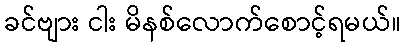
ခင်ဗျား ငါး မိနစ်လောက်စောင့်ရမယ်။